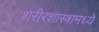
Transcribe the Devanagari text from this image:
शरीरशास्त्रामध्ये